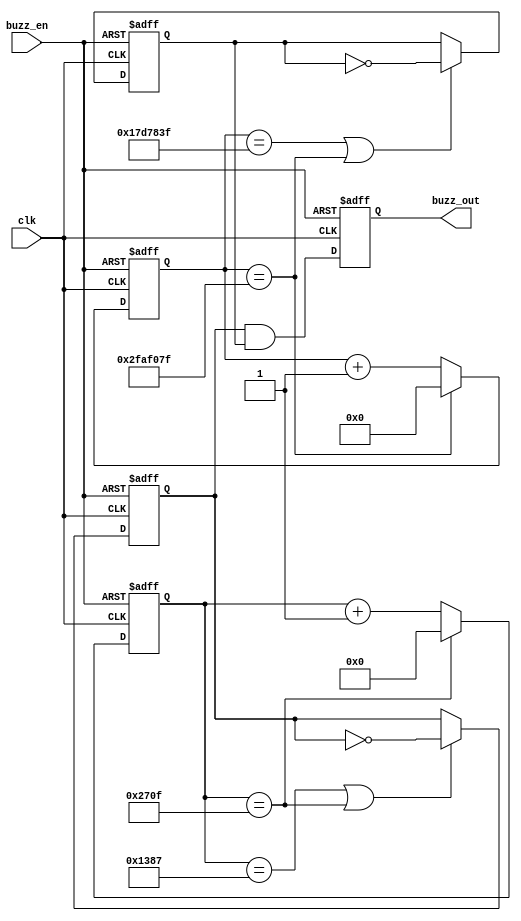
`timescale 1ns / 1ps
//////////////////////////////////////////////////////////////////////////////////
// Company: 
// Engineer: 
// 
// Design Name: 
// Module Name: buzz
// Project Name: 
// Target Devices: 
// Tool Versions: 
// Description: 
// 
// Dependencies: 
// 
// Revision:
// Revision 0.01 - File Created
// Additional Comments:
// 
//////////////////////////////////////////////////////////////////////////////////


module buzz(
    input clk,
    input buzz_en,
    output reg buzz_out
    );
    reg [13:0] counter;
    reg [25:0] counter_1;
    reg pwm;
    reg clk_1s;
    
    always@(posedge clk or negedge buzz_en)
    begin
        if(!buzz_en)
            counter <= 1'b0;
        else if(counter == 14'd9999)
            counter <= 1'b0;
        else
            counter <= counter + 1'b1;            
    end            
    
    always@(posedge clk or negedge buzz_en)
    begin
        if(!buzz_en)
            pwm <= 1'b0;
        else if(counter == 14'd4999 || counter == 14'd9999)
            pwm <= ~pwm;
        else
            pwm <= pwm;
    end
    
    always@(posedge clk or negedge buzz_en)
    begin
        if(!buzz_en)
            counter_1 <= 1'b0;
        else if(counter_1 == 26'd49999999)
            counter_1 <= 1'b0;
        else
            counter_1 <= counter_1 + 1'b1;    
    end
    
    always @(posedge clk or negedge buzz_en) // T = 1s
    begin
    if(!buzz_en)
	 begin
        clk_1s <= 0;
	 end
    else if (counter_1 == 26'd24999999 || counter_1 == 26'd49999999)
	 begin
        clk_1s <= ~clk_1s;
	 end
    else
	 begin
        clk_1s <= clk_1s;
	 end
    end
    always@(posedge clk or negedge buzz_en)
    begin
        if(!buzz_en)
            buzz_out <= 1'b0;
        else
            buzz_out <= pwm & clk_1s;
    end
endmodule